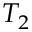
T _ { 2 }